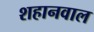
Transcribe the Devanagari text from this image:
शहानवाल